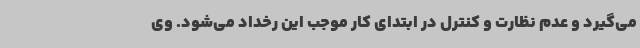
می‌گیرد و عدم نظارت و کنترل در ابتدای کار موجب این رخداد می‌شود. وی